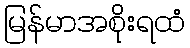
မြန်မာအစိုးရထံ